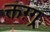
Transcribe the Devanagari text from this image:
क्तग़्ग्र्